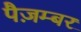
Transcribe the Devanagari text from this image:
पैज़म्बर